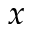
x